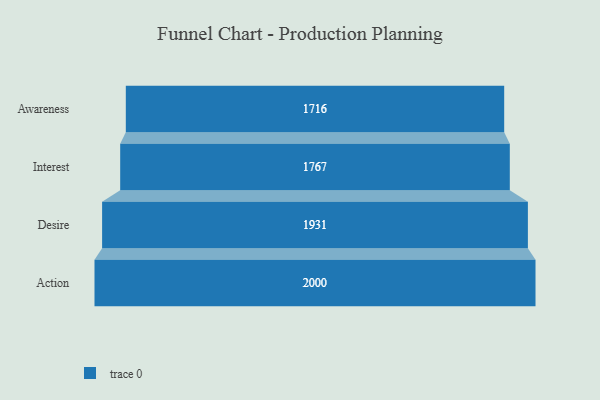
{"axis": {"x": "Stage", "y": "Value"}, "legend": [""], "data": [{"x": "Awareness", "y": 1716.0, "type": ""}, {"x": "Interest", "y": 1767.0, "type": ""}, {"x": "Desire", "y": 1931.0, "type": ""}, {"x": "Action", "y": 2000, "type": ""}]}